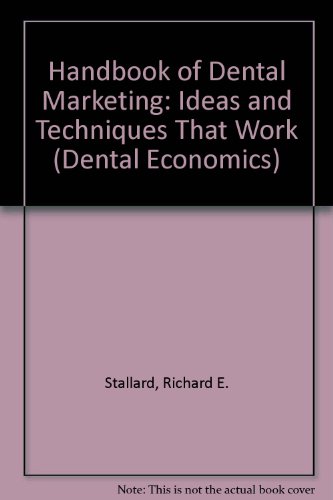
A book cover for Handbook of Dental Marketing: Ideas and Techniques That Work (Dental Economics); Richard E. Stallard; Medical Books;